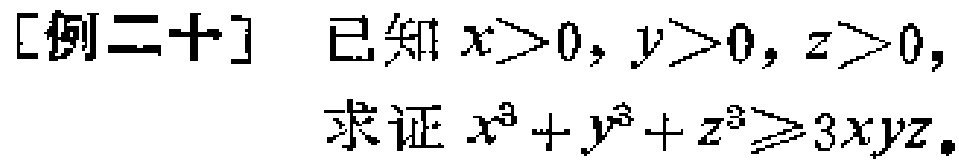
[例二十] 已知 \(x>0, y>0, z>0\)，

求证 \(x^{3}+y^{3}+z^{3}\geqslant3xyz\)。